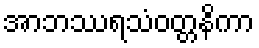
အာဘဿရသံဝတ္တနိကာ